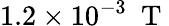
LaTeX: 1.2\times 10^{-3}\ \mathrm{~T~}